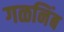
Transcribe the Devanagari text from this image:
गळनिंब